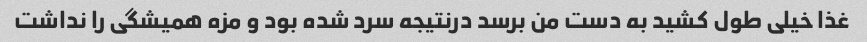
غذا خیلی طول کشید به دست من برسد درنتیجه سرد شده بود و مزه همیشگی را نداشت